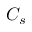
C _ { s }